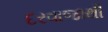
દરવાજાથી